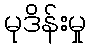
မုဒိန်းမှု